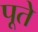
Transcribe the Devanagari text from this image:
पूते